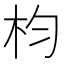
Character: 枃